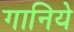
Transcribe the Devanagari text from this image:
गानिये